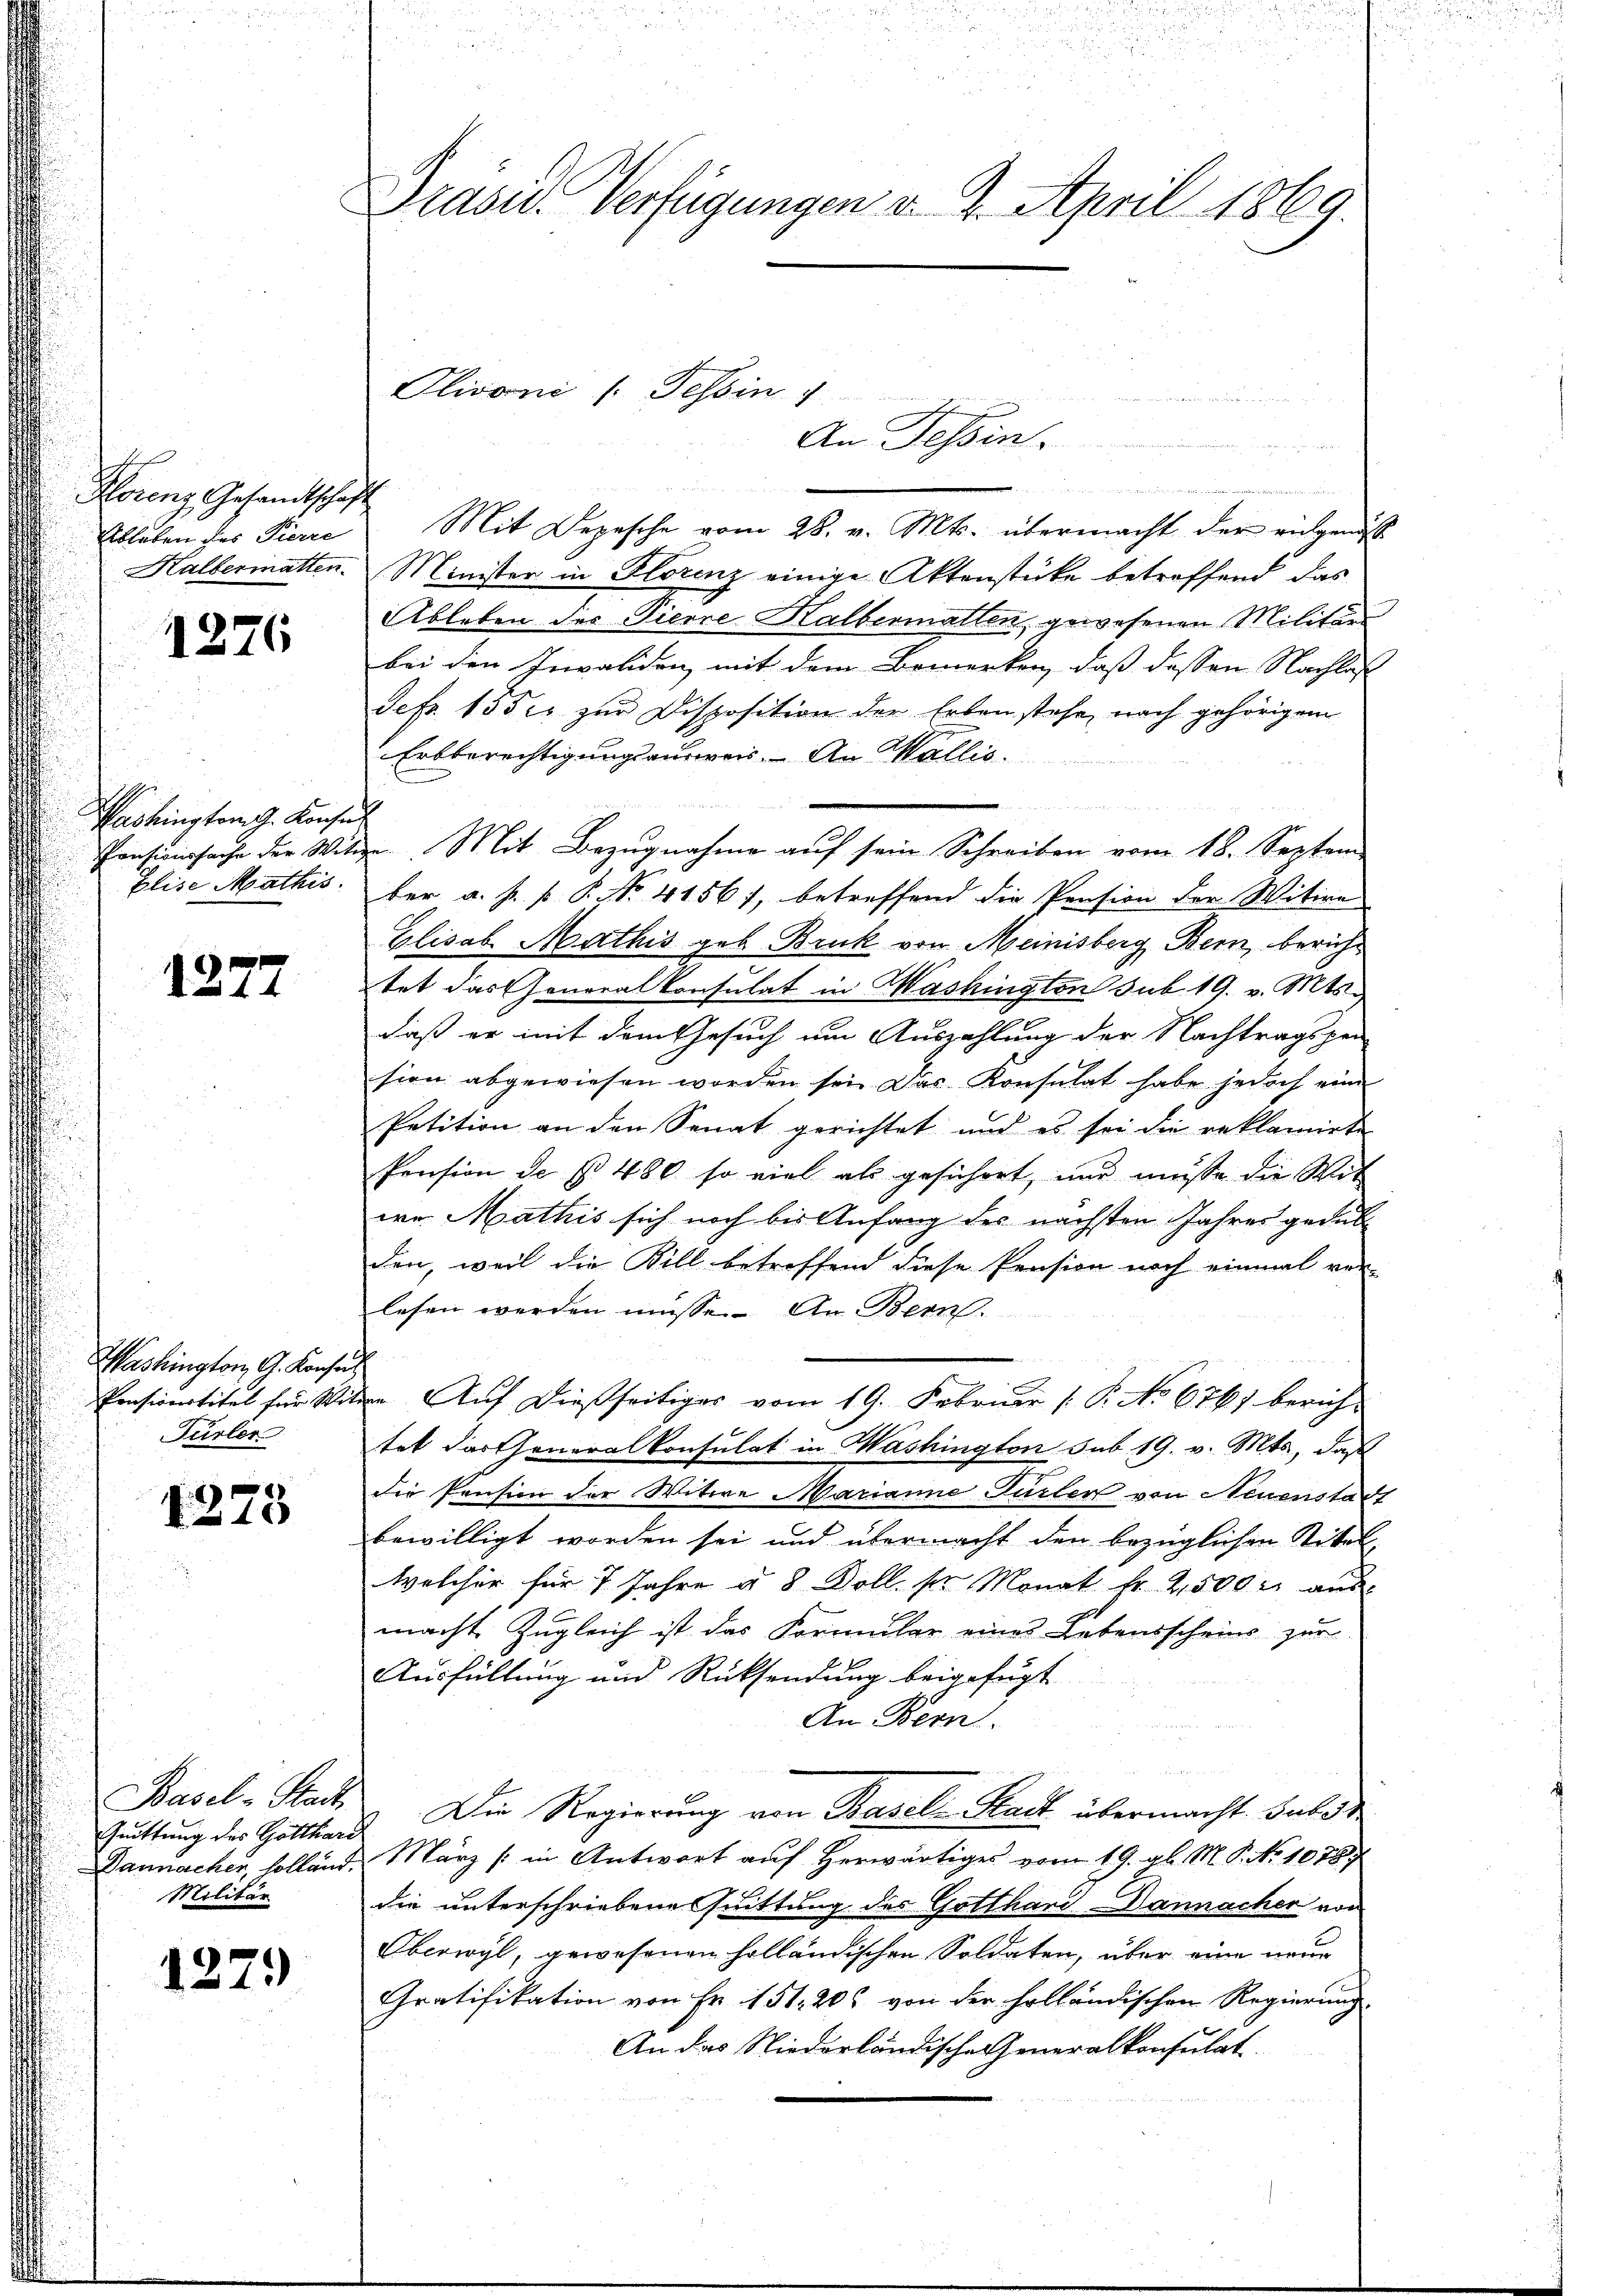
Florenz Gesandtschaft
Ableben des Pierre
Halbermatten.

1276

Washington J. Konsu
Pensionssache der Witt
Elise Mathis

1277

1273

Basel-Stadt
Guittung des Gotthard
Dannacher, solland.
Militär

1279

Drasu. Verfügungen v. 2. April 1869.

Washington G. Konsu
Pensionartitel für Wit¬
Fürler

un
Mit Depesche vom 28. v. Mts. übermacht der eidgenöß
Minister in Florenz einige Aktenstücke betreffend das
Ableben der Pierre Halbermatten, gewesenen Militär
bei den Invaliden mit dem Bemerken, daß dessen Nachlaß
Scfr. 1552 zur Disposition der Erben stehe, nach gehörigem
Erbberechtigungsausweis. An Wallis.
ber a. p. P. P. No. 41561, betreffend die Pension der Witwe
Elisab. Mathis geb. Bruck von Meinisberg, Bern, bericht
tet das Generalkonsulat in Washington sub. 19. v. Mts.
daß er mit dem Gesuch um Auszahlung der Nachtragspei
sien abgewiesen worden sei. Das Konsulat habe jedoch eine
Petition an den Senat gerichtet und es sei die reklamirte
Pension de § 480 so viel als gesichert, nur müsse die Wit
we Mathis sich noch bis Anfang des nächsten Jahres gedub
den, weil die Bill betreffend diese Pension noch einmal ver-
lesen werden müsse. An Bern.
" Auf dießseitiges vom 19. Februar ( P. No 6761 berich-
tet dartheneralkonsulat in Washington sub 19. v. Mts., daß
die Pension der Witwe Marianne Türler von Neuenstadt
bewilligt worden sei und übermacht den bezüglichen Titel,
welcher für 7 Jahre u. 8 Doll. pr. Monat fr. 2500 M aus
macht, Zugleich ist das Formular eines Lebensscheins zur
Ausfüllung und Rücksendung beigefügt
An Bern.
Die Regierung von Basel-Stadt übermacht. Subst
März (: in Antwort auf Herwärtiges vom 19. gl. M. P. No 1078/
die unterschriebene suittung des Gotthard Dannacher von
Oberwyl, gewesenen holländischen Soldaten, über eine neuer
Gratifikation von Fr. 151. 20. von der holländischen Regierung
An das Niederländische Generalkonsulat

Olivoni /: Tessin 4
An Tessin.

Mit Bezugnahme auf sein Schreiben vom 18. Septem